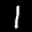
Label: 1